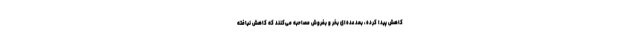
کاهش پیدا کرده، بعد عده‌ای بخر و بفروش مصاحبه می‌کنند که کاهش نیافته